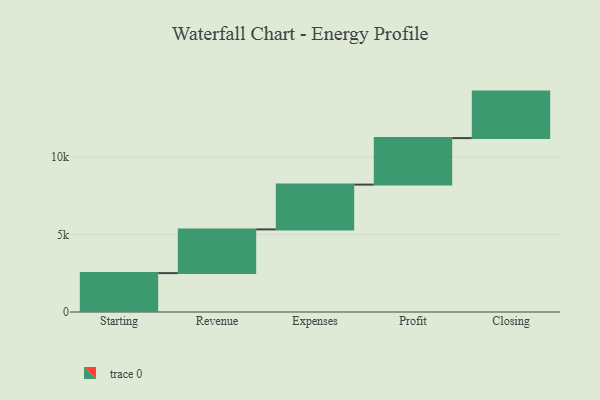
{"axis": {"x": "Step", "y": "Value"}, "legend": [""], "data": [{"x": "Starting", "y": 2508.0, "type": ""}, {"x": "Revenue", "y": 2821.0, "type": ""}, {"x": "Expenses", "y": 2889.0, "type": ""}, {"x": "Profit", "y": 3000, "type": ""}, {"x": "Closing", "y": 3000, "type": ""}]}